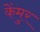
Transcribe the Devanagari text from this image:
केंमुर